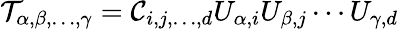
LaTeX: \mathcal{T}_{\alpha,\beta,\dots,\gamma}=\mathcal{C}_{i,j,\dots,d}U_{\alpha,i}U_{\beta,j}\cdots U_{\gamma,d}